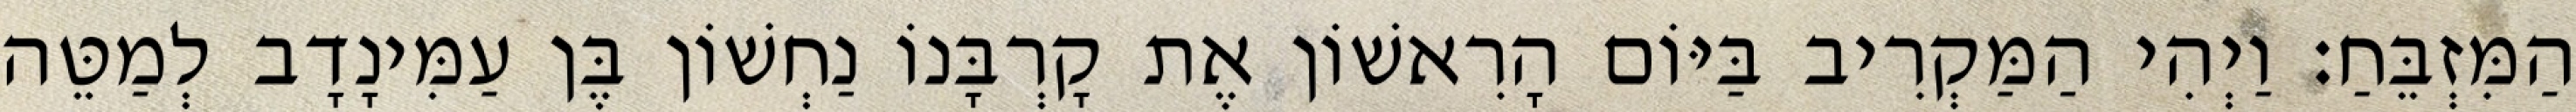
הַמִּזְבֵּחַ׃ וַיְהִי הַמַּקְרִיב בַּיּוֹם הָרִאשׁוֹן אֶת קָרְבָּנוֹ נַחְשׁוֹן בֶּן עַמִּינָדָב לְמַטֵּה